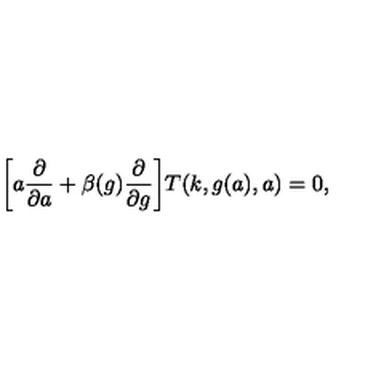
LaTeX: \biggr [ a \frac { \partial } { \partial a } + \beta ( g ) \frac { \partial } { \partial g } \biggr ] T ( k , g ( a ) , a ) = 0 ,